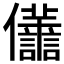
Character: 𠑫